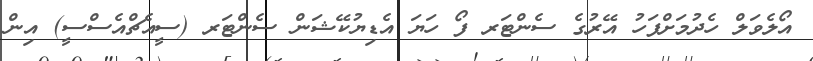
އޯލެވަލް ހެދުމަށްފަހު އޭރުގެ ސެންޓަރ ފޯ ހަޔަ އެޑިޔުުކޭޝަން ސެންޓަރ (ސީއެޗްއެސްސީ) އިން